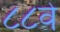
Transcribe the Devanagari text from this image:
८८वे